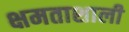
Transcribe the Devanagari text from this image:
क्षमताशाली